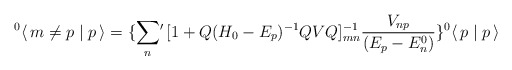
\begin{align*}^0\langle \, m\neq p \mid p \, \rangle = \{\sum_n \! ^\prime \, [1 + Q(H_0-E_p)^{-1} QVQ]^{-1}_{mn} \frac{V_{np}}{(E_p-E^0_n)}\}^0 \langle \, p \mid p \, \rangle\end{align*}